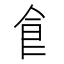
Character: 𩙿